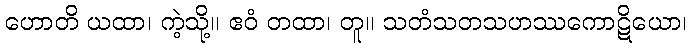
ဟောတိ ယထာ၊ ကဲ့သို့။ ဧဝံ တထာ၊ တူ။ သတံသတသဟဿကောဋိယော၊